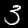
Digit: 3